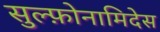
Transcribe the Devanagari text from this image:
सुल्फ़ोनामिदेस